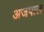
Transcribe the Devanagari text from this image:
अजपाल